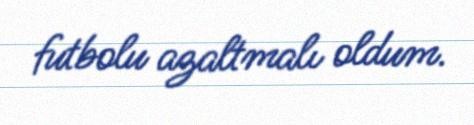
futbolu azaltmalı oldum.